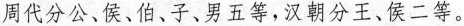
周代分公、侯、伯、子、男五等，汉朝分王、侯二等。